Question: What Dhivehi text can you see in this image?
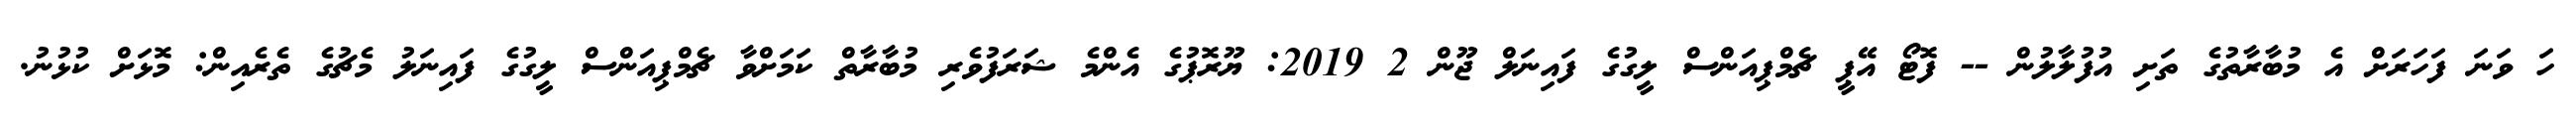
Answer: ހަ ވަނަ ފަހަރަށް އެ މުބާރާތުގެ ތަށި އުފުލާލުން -- ފޮޓޯ އޭޕީ ޗެމްޕިއަންސް ލީގުގެ ފައިނަލް ޖޫން 2 2019: ޔޫރޮޕުގެ އެންމެ ޝަރަފުވެރި މުބާރާތް ކަމަށްވާ ޗެމްޕިއަންސް ލީގުގެ ފައިނަލު މެޗުގެ ތެރެއިން: މޮޅަށް ކުޅުނު.